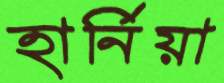
হার্নিয়া